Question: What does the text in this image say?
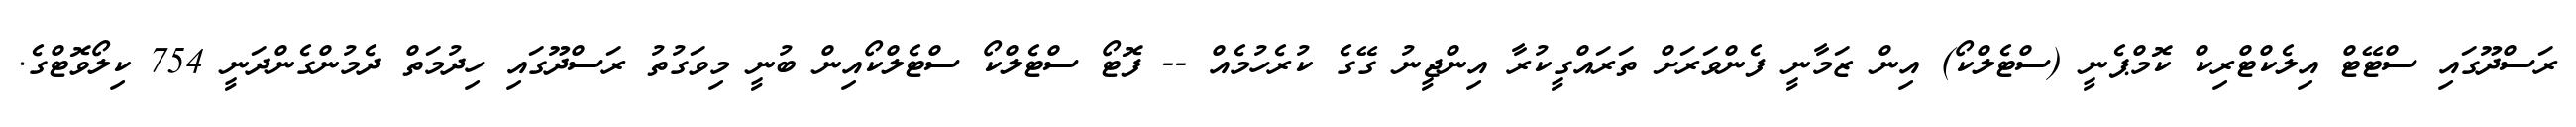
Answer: ރަސްދޫގައި ސްޓޭޓް އިލެކްޓްރިކް ކޮމްޕެނީ (ސްޓެލްކޯ) އިން ޒަމާނީ ފެންވަރަށް ތަރައްގީކުރާ އިންޖީނު ގޭގެ ކުރެހުމެއް -- ފޮޓޯ ސްޓެލްކޯ ސްޓެލްކޯއިން ބުނީ މިވަގުތު ރަސްދޫގައި ހިދުމަތް ދެމުންގެންދަނީ 754 ކިލޯވޮޓްގެ.